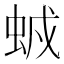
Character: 𧊥